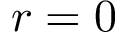
r = 0